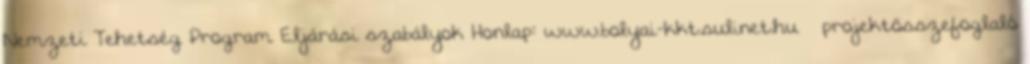
Nemzeti Tehetség Program Eljárási szabályok Honlap: www.bolyai-kkt.sulinet.hu – projektösszefoglaló